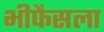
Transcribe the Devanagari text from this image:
भीफैसला